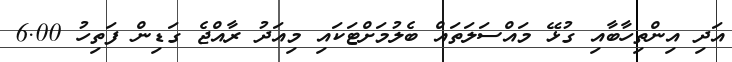
އަދި އިންތިހާބާއި ގުޅޭ މައްސަލަތައް ބެލުމަށްޓަކައި މިއަދު ރާއްޖެ ގަޑިން ފަތިހު 6.00